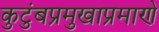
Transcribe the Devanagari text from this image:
कुटुंबप्रमुखाप्रमाणे